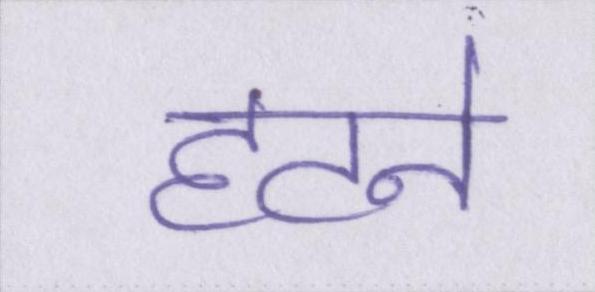
हटने